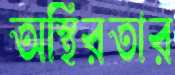
অস্থিরতার